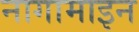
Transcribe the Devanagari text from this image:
नागामाइन